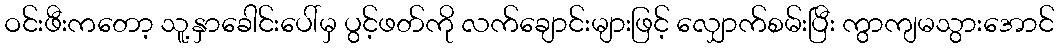
ဝင်းဖီးကတော့ သူ့နှာခေါင်းပေါ်မှ ပွင့်ဖတ်ကို လက်ချောင်းများဖြင့် လျှောက်စမ်းပြီး ကွာကျမသွားအောင်